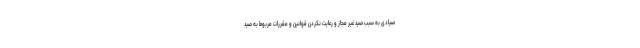
صیادی به سبب صید غیر مجاز و رعایت نکردن قوانین و مقررات مربوط به صید